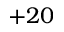
+ 2 0